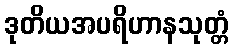
ဒုတိယအပရိဟာနသုတ္တံ